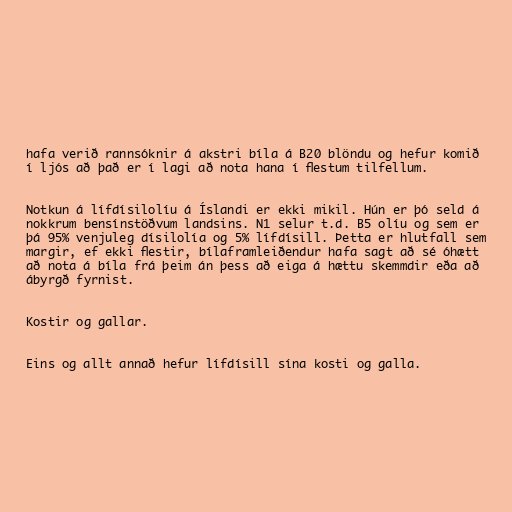
hafa verið rannsóknir á akstri bíla á B20 blöndu og hefur komið
í ljós að það er í lagi að nota hana í flestum tilfellum.

Notkun á lífdísilolíu á Íslandi er ekki mikil. Hún er þó seld á
nokkrum bensínstöðvum landsins. N1 selur t.d. B5 olíu og sem er
þá 95% venjuleg dísilolía og 5% lífdísill. Þetta er hlutfall sem
margir, ef ekki flestir, bílaframleiðendur hafa sagt að sé óhætt
að nota á bíla frá þeim án þess að eiga á hættu skemmdir eða að
ábyrgð fyrnist.

Kostir og gallar.

Eins og allt annað hefur lífdísill sína kosti og galla.